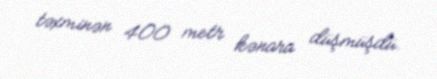
təxminən 400 metr kənara düşmüşdü.